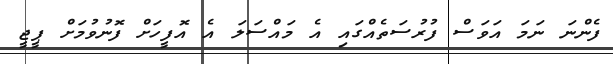
ފެންނަ ނަމަ އަވަސް ފުރުސަތެއްގައި އެ މައްސަލަ އެ އޮފީހަށް ފޮނުވުމަށް ޕީޖީ